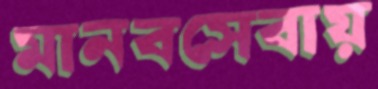
মানবসেবায়